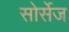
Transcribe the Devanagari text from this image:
सोर्सेज